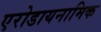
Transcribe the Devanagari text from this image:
एरोडायनामिक